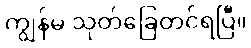
ကျွန်မ သုတ်ခြေတင်ရပြီ။